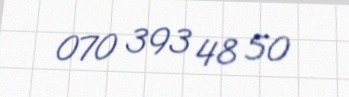
070 393 48 50